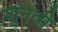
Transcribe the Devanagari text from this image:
शुनवी